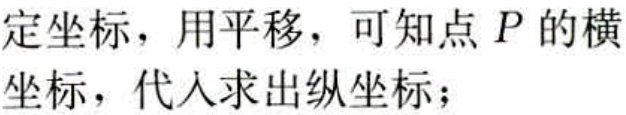
定坐标，用平移，可知点 \(P\) 的横
坐标，代入求出纵坐标；